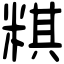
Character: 粸